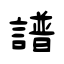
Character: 譜